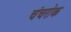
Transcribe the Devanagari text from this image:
चंचरोक